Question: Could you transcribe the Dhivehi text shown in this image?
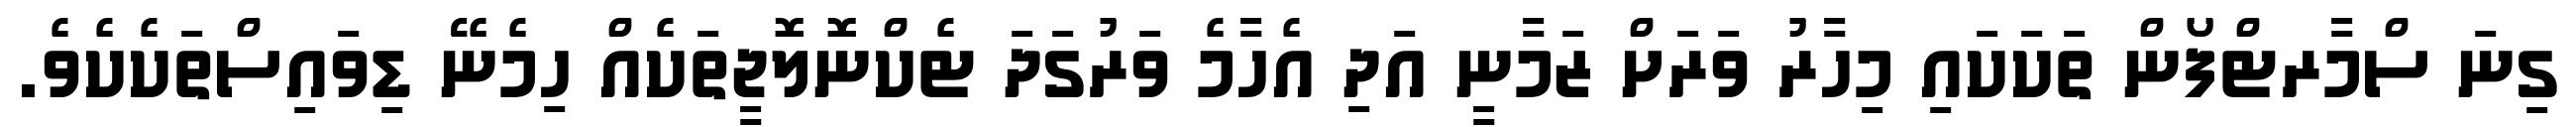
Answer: ގިނަ ސްމާރޓްފޯން ތަކަކައި މިހާރު ވަރަށް ޒަމާނީ އަދި އެހާމެ ވަރުގަދަ ޓެކްނޮލޮޖީތަކެއް ހިމެނޭ ޑިވައިސްތަކެކެވެ.